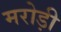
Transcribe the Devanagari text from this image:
मरोड़ी